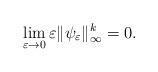
LaTeX: \begin{align*}\lim_{\varepsilon \rightarrow 0} \varepsilon \|\psi_\varepsilon \|_\infty^k=0.\end{align*}